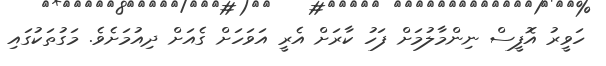
ހަވީރު އޮފީސް ނިންމާލުމަށް ފަހު ކާރަށް އެރީ އަވަހަށް ގެއަށް ދިއުމަށެވެ. މަގުތަކުގައި